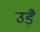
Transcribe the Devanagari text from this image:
उड़ै